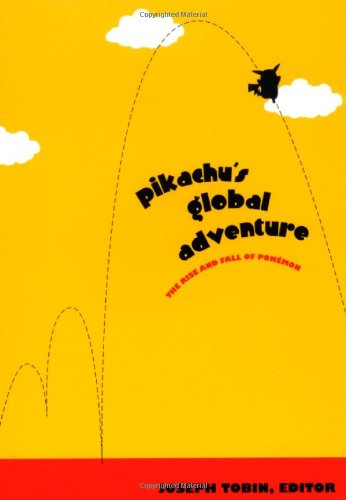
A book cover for Pikachu's Global Adventure: The Rise and Fall of PokÃ©mon; Computers & Technology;